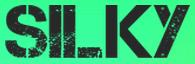
SILKY